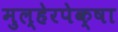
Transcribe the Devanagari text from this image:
मुल्हेरपेक्षा